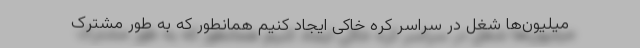
میلیون‌ها شغل در سراسر کره خاکی ایجاد کنیم همانطور که به طور مشترک